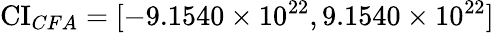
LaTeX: \operatorname{CI}_{CFA}=[-9.1540\times 10^{22},9.1540\times 10^{22}]